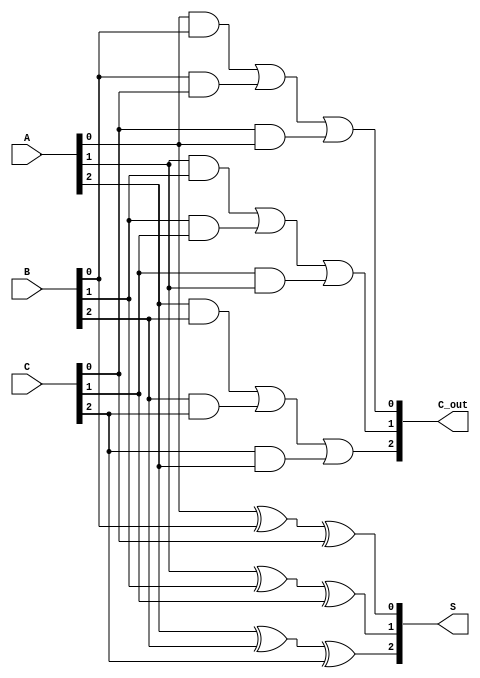
module CarrySaveAdder (
    input  [2:0] A,  // 3-bit input A
    input  [2:0] B,  // 3-bit input B
    input  [2:0] C,  // 3-bit input C
    output [2:0] S,  // 3-bit sum output
    output [2:0] C_out // 3-bit carry output
);

// Sum calculation using XOR
assign S[0] = A[0] ^ B[0] ^ C[0];
assign S[1] = A[1] ^ B[1] ^ C[1];
assign S[2] = A[2] ^ B[2] ^ C[2];

// Carry calculation using majority function
assign C_out[0] = (A[0] & B[0]) | (B[0] & C[0]) | (C[0] & A[0]);
assign C_out[1] = (A[1] & B[1]) | (B[1] & C[1]) | (C[1] & A[1]);
assign C_out[2] = (A[2] & B[2]) | (B[2] & C[2]) | (C[2] & A[2]);

endmodule